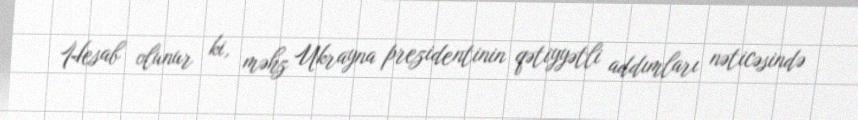
Hesab olunur ki, məhz Ukrayna prezidentinin qətiyyətli addımları nəticəsində